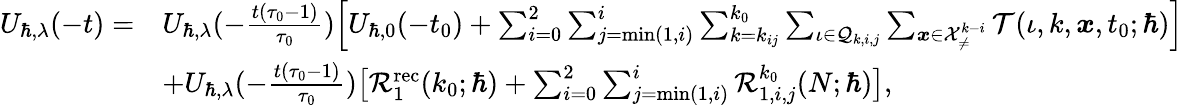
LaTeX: \begin{array}{rl}{U_{\hbar,\lambda}(-t)=}&{U_{\hbar,\lambda}(-\frac{t(\tau_{0}-1)}{\tau_{0}})\Big[U_{\hbar,0}(-t_{0})+\sum_{i=0}^{2}\sum_{j=\operatorname*{min}(1,i)}^{i}\sum_{k=k_{ij}}^{k_{0}}\sum_{\iota\in\mathcal{Q}_{k,i,j}}\sum_{\boldsymbol{x}\in\mathcal{X}_{\neq}^{k-i}}\mathcal{T}(\iota,k,\boldsymbol{x},t_{0};\hbar)\Big]}\\ &{+U_{\hbar,\lambda}(-\frac{t(\tau_{0}-1)}{\tau_{0}})\big[\mathcal{R}_{1}^{\mathrm{rec}}(k_{0};\hbar)+\sum_{i=0}^{2}\sum_{j=\operatorname*{min}(1,i)}^{i}\mathcal{R}_{1,i,j}^{k_{0}}(N;\hbar)\big],}\end{array}